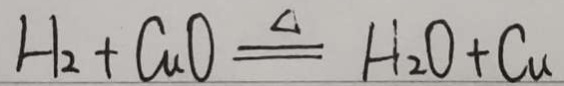
H _ { 2 } + C u \xlongequal { \Delta } H _ { 2 } O + C u